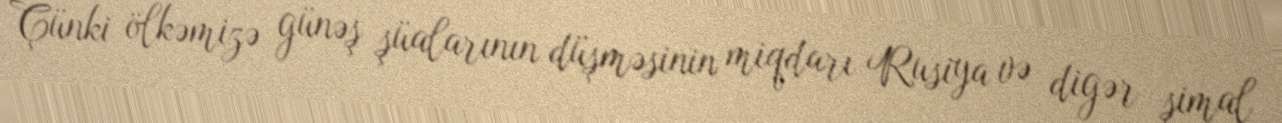
Çünki ölkəmizə günəş şüalarının düşməsinin miqdarı Rusiya və digər şimal